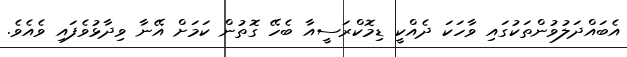
އެބައްދަލުވުންތަކުގައި ވާހަކަ ދެއްކީ ޑިމޮކްރަސީއާ ބެހޭ ގޮތުން ކަމަށް އޭނާ ވިދާޅުވެފައި ވެއެވެ.